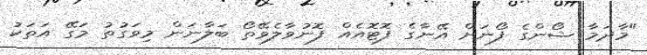
"މާދަމާ ޝޯންގެ ފޯނަށް އޭނާގެ ފޮޓޮއެއް ފޮނުވާލެވޭތޯ ބަލާނަން މިވަގުތު މަގޭ އަތަކު